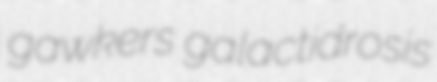
gawkers galactidrosis